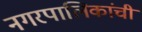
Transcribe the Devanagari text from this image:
नगरपालिकांची